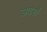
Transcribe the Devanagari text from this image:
उवर्रा